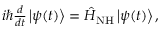
\begin{array} { r } { i \hslash \frac { d } { d t } \ensuremath { \left| \psi ( t ) \right\rangle } = \hat { H } _ { \mathrm { N H } } \ensuremath { \left| \psi ( t ) \right\rangle } , } \end{array}